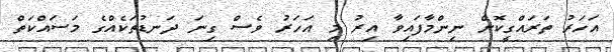
އަހަރު ތަރައްގީކޮށް ނިންމާފައިވާ އިރު މި އަހަރު ވެސް ގިނަ ދަނޑުތަކެއްގެ މަސައްކަތް